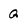
Character: Q